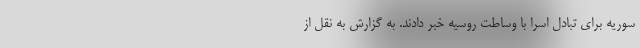
سوریه برای تبادل اسرا با وساطت روسیه خبر دادند. به گزارش به نقل از